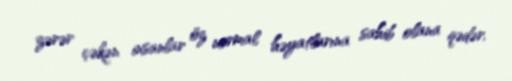
zərər çəkən insanlar öz normal həyatlarına sahib olana qədər.